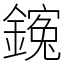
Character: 䥉